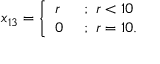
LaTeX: x _ { 1 3 } = { \left\{ \begin{array} { l l } { r } & { { \mathrm { ~ ; ~ } } r < 1 0 } \\ { 0 } & { { \mathrm { ~ ; ~ } } r = 1 0 . } \end{array} \right. }